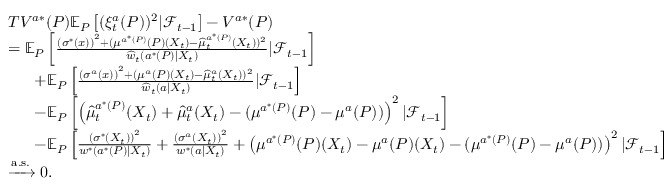
\begin{array} { r l } & { T V ^ { a * } ( P ) \mathbb { E } _ { P } \left[ ( \xi _ { t } ^ { a } ( P ) ) ^ { 2 } | \mathcal { F } _ { t - 1 } \right] - V ^ { a * } ( P ) } \\ & { = \mathbb { E } _ { P } \left[ \frac { \left( \sigma ^ { * } ( x ) \right) ^ { 2 } + ( \mu ^ { a ^ { * } ( P ) } ( P ) ( X _ { t } ) - \widehat { \mu } _ { t } ^ { a ^ { * } ( P ) } ( X _ { t } ) ) ^ { 2 } } { \widehat { w } _ { t } ( a ^ { * } ( P ) | X _ { t } ) } | \mathcal { F } _ { t - 1 } \right] } \\ & { \ \ \ \ \ + \mathbb { E } _ { P } \left[ \frac { \left( \sigma ^ { a } ( x ) \right) ^ { 2 } + ( \mu ^ { a } ( P ) ( X _ { t } ) - \widehat { \mu } _ { t } ^ { a } ( X _ { t } ) ) ^ { 2 } } { \widehat { w } _ { t } ( a | X _ { t } ) } | \mathcal { F } _ { t - 1 } \right] } \\ & { \ \ \ \ \ - \mathbb { E } _ { P } \left[ \left( \widehat { \mu } _ { t } ^ { a ^ { * } ( P ) } ( X _ { t } ) + \widehat { \mu } _ { t } ^ { a } ( X _ { t } ) - ( \mu ^ { a ^ { * } ( P ) } ( P ) - \mu ^ { a } ( P ) ) \right) ^ { 2 } | \mathcal { F } _ { t - 1 } \right] } \\ & { \ \ \ \ \ - \mathbb { E } _ { P } \left[ \frac { \left( \sigma ^ { * } ( X _ { t } ) \right) ^ { 2 } } { w ^ { * } ( a ^ { * } ( P ) | X _ { t } ) } + \frac { \left( \sigma ^ { a } ( X _ { t } ) \right) ^ { 2 } } { w ^ { * } ( a | X _ { t } ) } + \left( \mu ^ { a ^ { * } ( P ) } ( P ) ( X _ { t } ) - \mu ^ { a } ( P ) ( X _ { t } ) - ( \mu ^ { a ^ { * } ( P ) } ( P ) - \mu ^ { a } ( P ) ) \right) ^ { 2 } | \mathcal { F } _ { t - 1 } \right] } \\ & { \xrightarrow { \mathrm { a . s . } } 0 . } \end{array}